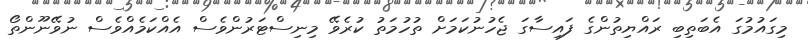
މިގައުމުގަ އެބަތިބި ރައްޔިތުންގެ ފައިސާގަ ޖެހުނުކަމަށް ތުހުމަތު ކުރެވޭ މިނިސްޓަރުންވެސް އެއްކަމެއްވެސް ނުވޭނޫންތޯ